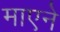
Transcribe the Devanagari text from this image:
माएने